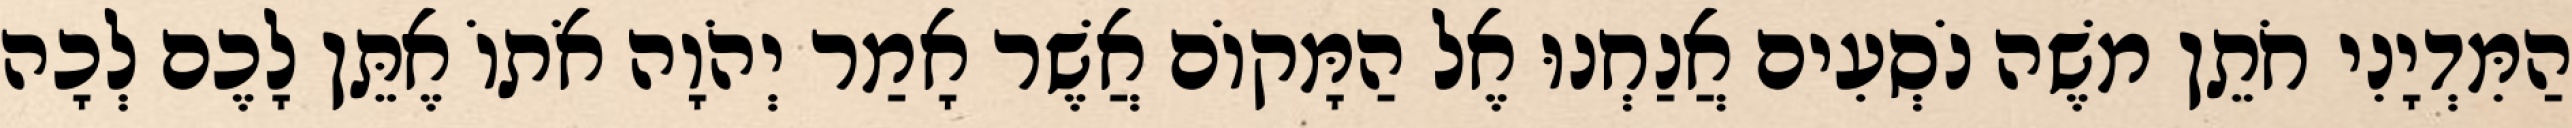
הַמִּדְיָנִי חֹתֵן משֶׁה נֹסְעִים אֲנַחְנוּ אֶל הַמָּקוֹם אֲשֶׁר אָמַר יְהֹוָה אֹתוֹ אֶתֵּן לָכֶם לְכָה